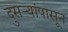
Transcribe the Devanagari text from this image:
दुसऱ्यांपासून